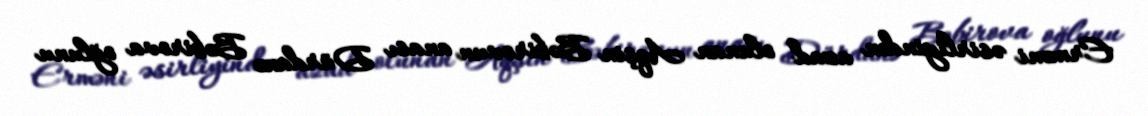
Erməni əsirliyindən azad olunan Aqşin Bəbirovun anası Dürdanə Bəbirova oğlunu